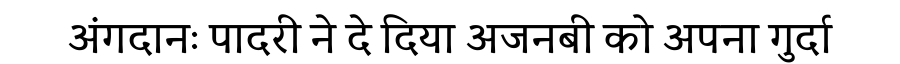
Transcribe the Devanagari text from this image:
अंगदानः पादरी ने दे दिया अजनबी को अपना गुर्दा